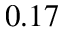
0 . 1 7